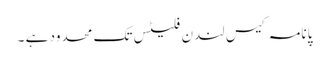
پانامہ کیس لندن فلیٹس تک محدود ہے ۔